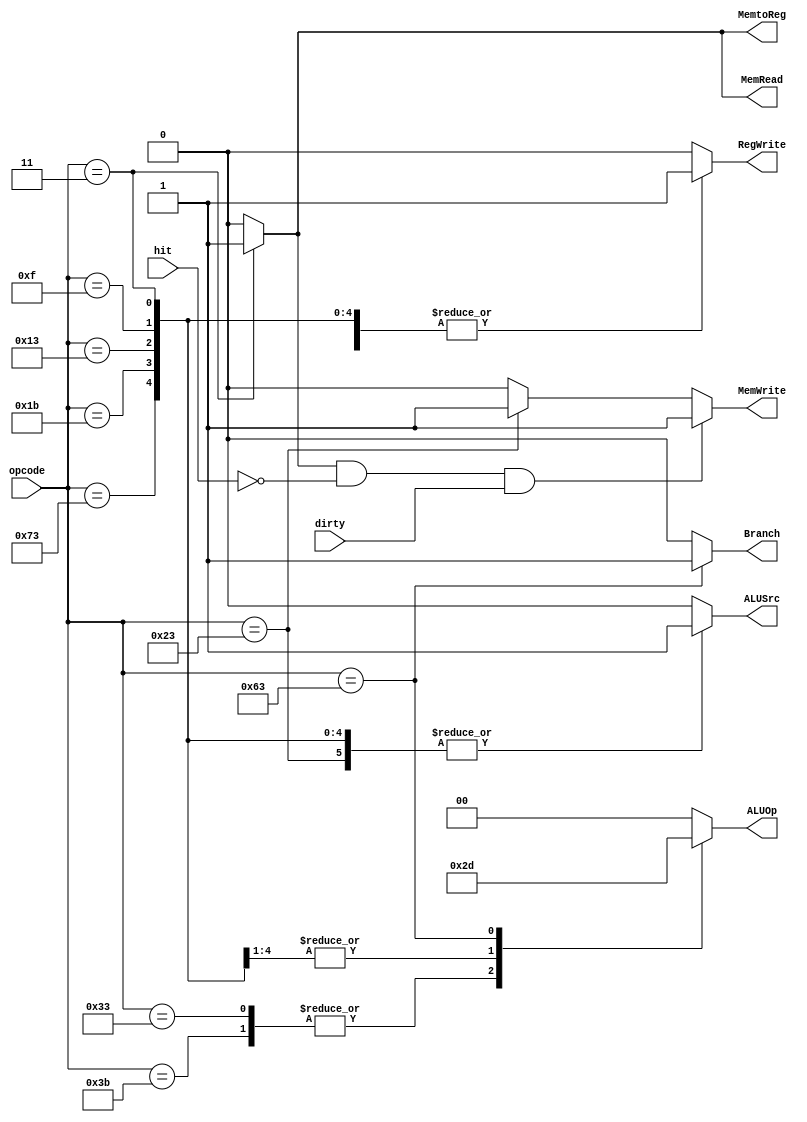
module controller(
    input [6:0] opcode,
	 input hit,
	 input dirty,
    output reg Branch, 
    output reg MemRead, 
    output reg MemtoReg, 
    output reg MemWrite, 
    output reg ALUSrc,
    output reg RegWrite,
    output reg [1:0]ALUOp
); 
    
always @(opcode) begin
    
    case (opcode)
        // for R-Type
        7'b0110011 , 7'b0111011: begin
            ALUOp = 2'b10;
            Branch = 1'b0;
            MemRead = 1'b0;
            MemtoReg = 1'b0;
            MemWrite = 1'b0;
            ALUSrc = 1'b0;
            RegWrite = 1'b1;
        end
        
        // for I-Type
        7'b0001111, 7'b0010011, 7'b0011011, 7'b1110011: begin
            ALUOp = 2'b11;
            Branch = 1'b0;
            MemRead = 1'b0;
            MemtoReg = 1'b0;
            MemWrite = 1'b0;
            ALUSrc = 1'b1;
            RegWrite = 1'b1;
        end
        
        // for I-Type secondary
        7'b0000011: begin
            ALUOp = 2'b00;
            Branch = 1'b0;
            MemRead = 1'b1;
            MemtoReg = 1'b1;
            MemWrite = 1'b0;
            ALUSrc = 1'b1;
            RegWrite = 1'b1;
        end
        
        // for S-Type
        7'b0100011: begin
            ALUOp = 2'b00;
            Branch = 1'b0;
            MemRead = 1'b0;
            MemtoReg = 1'b0;
            MemWrite = 1'b1;
            ALUSrc = 1'b1;
            RegWrite = 1'b0;
        end        

        // for SB-Type
        7'b1100011: begin
            ALUOp = 2'b01;
            Branch = 1'b1;
            MemRead = 1'b0;
            MemtoReg = 1'b0;
            MemWrite = 1'b0;
            ALUSrc = 1'b0;
            RegWrite = 1'b0;
        end
        //defaultly output 0s
        default: begin
            ALUOp = 2'b00;
            Branch = 1'b0;
            MemRead = 1'b0;
            MemtoReg = 1'b0;
            MemWrite = 1'b0;
            ALUSrc = 1'b0;
            RegWrite = 1'b0;
        end
    endcase
	 
	 
	 if (MemRead & !hit & dirty)
		begin
		
			MemWrite = 1'b1;
			
		end

end
endmodule